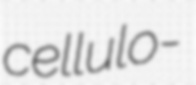
cellulo-